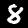
Label: 8